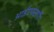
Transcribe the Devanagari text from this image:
आईएक्सपी